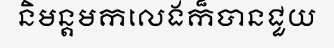
និមន្តមកលេងក៏បានជួយ